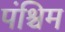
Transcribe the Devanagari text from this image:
पंश्चिम